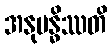
အနုဗန္ဓိဿတိ